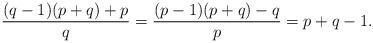
LaTeX: \begin{align*}\frac{(q-1)(p+q)+p}{q}=\frac{(p-1)(p+q)-q}{p}=p+q-1.\end{align*}